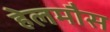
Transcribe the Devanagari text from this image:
हेलमौस